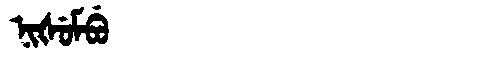
Manchu: ᠨᡳᡧᡠᠮᠪᡠ
Romanization: NIŠUMBU